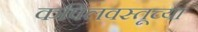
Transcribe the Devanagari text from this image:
कपिलवस्तूच्या